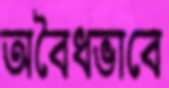
অবৈধভাবে